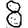
Digit: 8